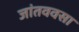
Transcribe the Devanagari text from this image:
जांतववसा